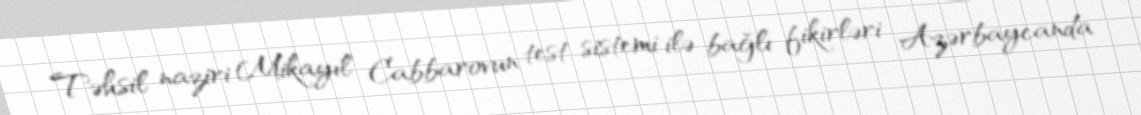
Təhsil naziri Mikayıl Cabbarovun test sistemi ilə bağlı fikirləri Azərbaycanda